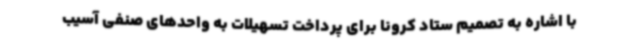
با اشاره به تصمیم ستاد کرونا برای پرداخت تسهیلات به واحدهای صنفی آسیب